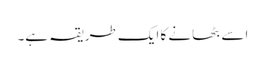
اسے بٹھانے کا ایک طریقہ ہے۔